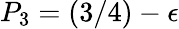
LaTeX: P_{3}=(3/4)-\epsilon